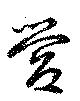
営